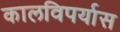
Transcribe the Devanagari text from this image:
कालविपर्यास